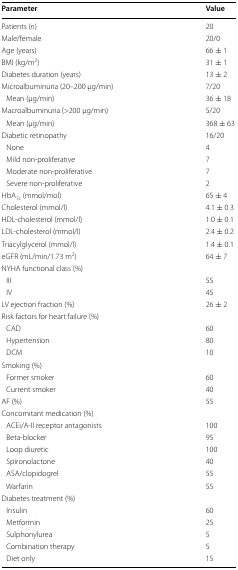
| Parameter | Value |
 | --- | --- |
 | Patients (n) | 20 |
 | Male/female | 20/0 |
 | Age (years) | 66 ± 1 |
 | BMI (kg/m2) | 31 ± 1 |
 | Diabetes duration (years) | 13 ± 2 |
 | Microalbuminuria (20–200 μg/min) | 7/20 |
 | Mean (μg/min) | 36 ± 18 |
 | Macroalbuminuria (>200 μg/min) | 5/20 |
 | Mean (μg/min) | 368 ± 63 |
 | Diabetic retinopathy | 16/20 |
 | None | 4 |
 | Mild non-proliferative | 7 |
 | Moderate non-proliferative | 7 |
 | Severe non-proliferative | 2 |
 | HbA1c (mmol/mol) | 65 ± 4 |
 | Cholesterol (mmol/l) | 4.1 ± 0.3 |
 | HDL-cholesterol (mmol/l) | 1.0 ± 0.1 |
 | LDL-cholesterol (mmol/l) | 2.4 ± 0.2 |
 | Triacylglycerol (mmol/l) | 1.4 ± 0.1 |
 | eGFR (mL/min/1.73 m2) | 64 ± 7 |
 | <COLSPAN=2> NYHA functional class (%) |
 | III | 55 |
 | IV | 45 |
 | LV ejection fraction (%) | 26 ± 2 |
 | <COLSPAN=2> Risk factors for heart failure (%) |
 | CAD | 60 |
 | Hypertension | 80 |
 | DCM | 10 |
 | <COLSPAN=2> Smoking (%) |
 | Former smoker | 60 |
 | Current smoker | 40 |
 | AF (%) | 55 |
 | <COLSPAN=2> Concomitant medication (%) |
 | ACEi/A-II receptor antagonists | 100 |
 | Beta-blocker | 95 |
 | Loop diuretic | 100 |
 | Spironolactone | 40 |
 | ASA/clopidogrel | 55 |
 | Warfarin | 55 |
 | <COLSPAN=2> Diabetes treatment (%) |
 | Insulin | 60 |
 | Metformin | 25 |
 | Sulphonylurea | 5 |
 | Combination therapy | 5 |
 | Diet only | 15 |